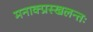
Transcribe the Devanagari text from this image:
मनाक्प्रस्खलन्तः